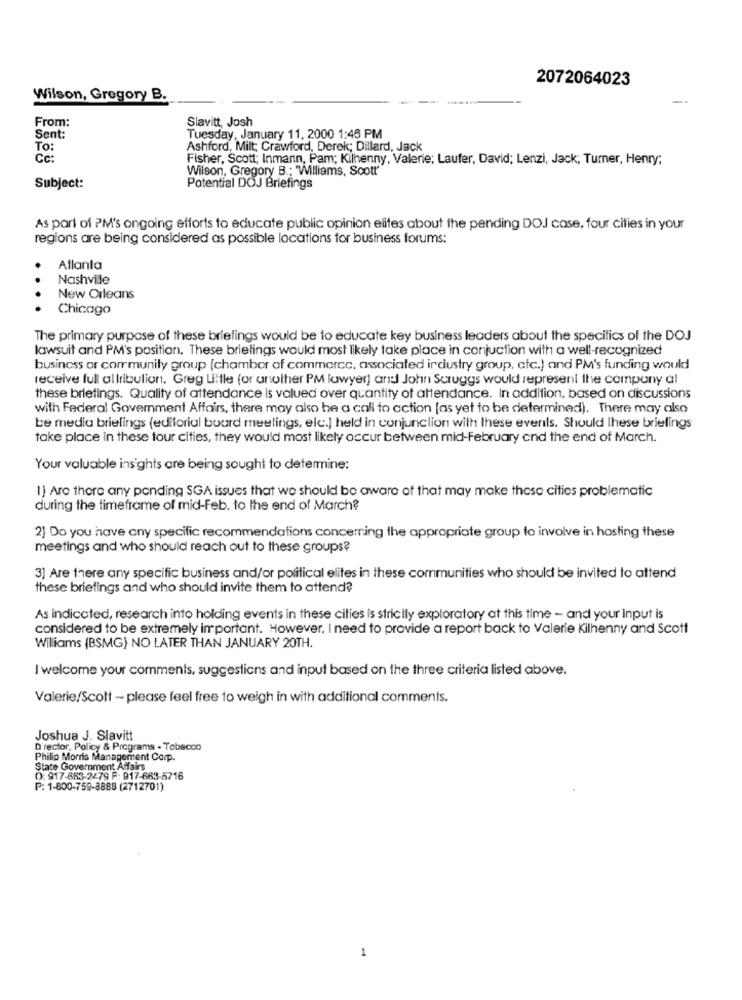
2072064023
Wilson, Gregory B.
From:
Slavitt, Josh
Sent:
Tuesday, January 11, 2000 1:45 PM
To:
Ashford, Milt; Crawford, Derek; Dillard, Jack
Cc :
Fisher, Scott; Inmann, Pam; Kilhenny, Valerie; Laufer, David; Lenzi, Jack; Turner, Henry;
Wilson, Gregory B .; "Williams, Scott"
Subject:
Potential DOJ Briefings
As part of PM's ongoing efforts to educate public opinion elites about the pending DOJ case, four cities in your
regions are being considered as possible locations for business forums:
Atlanta
Nashville
New Orleans
Chicago
The primary purpose of these briefings would be to educate key business leaders about the specifics of the DOJ
lawsuit and PM's position. These briefings would most likely take place in conjuction with a well-recognized
business or community group (chamber of commerce, associated industry group, etc.) and PM's funding would
receive full allribulion. Greg Little (or another PM lawyer] and John Scruggs would represent the company al
these briefings. Quality of attendance is valued over quantity of attendance. In addition, based on discussions
with Federal Government Affairs, there may also be a call to action [as yet to be determined). There may also
be media briefings (editorial board meetings, elc.] held in conjunction with these everils. Should These briefings
take place in these tour cities, they would most likely occur between mid-February and the end of March.
Your valuable insights are being sought to determine:
1) Are there any ponding SGA issues that we should be aware of that may make these cities problematic
during the timeframe of mid-Feb. to the end of March?
2) Do you have any specific recommendations concerning the appropriate group to involve in hosting these
meetings and who should reach out to these groups?
3) Are there any specific business and/or political elites in these communities who should be invited to attend
these briefings and who should invite them to attend?
As indicated, research into holding events in these cities is strictly exploratory at this time - and your input is
considered to be extremely important. However. I need to provide a report back to Valerie Kilhenny and Scott
Williams (BSMG) NO LATER THAN JANUARY 20TH.
I welcome your comments, suggestions and input based on the three criteria listed above.
Valerie/Scott - please feel free to weigh in with additional comments.
Joshua J. Slavitt
D'rector, Policy & Programs - Tobacco
Philip Morris Management Corp.
State Government Affairs
O: 917-863-2479 F: 917-663-5716
P: 1-800-759-8888 (2712701)
1